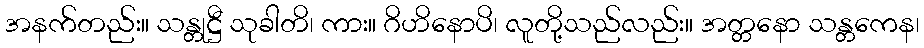
အနက်တည်း။ သန္တုဋ္ဌီ သုခါတိ၊ ကား။ ဂိဟိနောပိ၊ လူတို့သည်လည်း။ အတ္တနော သန္တကေန၊